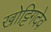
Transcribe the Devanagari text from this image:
खोट्टिगदेव